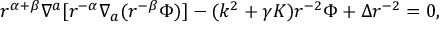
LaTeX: r ^ { \alpha + \beta } \nabla ^ { a } [ r ^ { - \alpha } \nabla _ { a } ( r ^ { - \beta } \Phi ) ] - ( k ^ { 2 } + \gamma K ) r ^ { - 2 } \Phi + \Delta r ^ { - 2 } = 0 ,